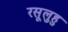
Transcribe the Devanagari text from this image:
रसूलुहु